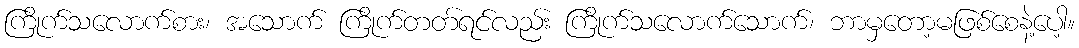
ကြိုက်သလောက်စား၊ အသောက် ကြိုက်တတ်ရင်လည်း ကြိုက်သလောက်သောက်၊ ဘာမှတော့မဖြစ်စေနဲ့ပေါ့။